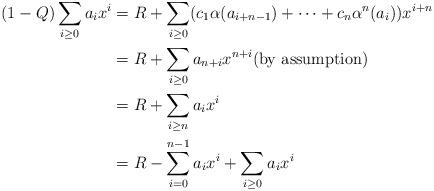
LaTeX: \begin{align*} (1-Q)\sum_{i \geq0}a_i x^i &= R + \sum_{i \geq0}(c_1\alpha(a_{i+n-1}) + \dots + c_n\alpha^n(a_i))x^{i+n} \\&= R + \sum_{i \geq0}a_{n+i}x^{n+i} \textrm{(by assumption)}\\&= R + \sum_{i \geq n}a_ix^i \\&= R - \sum_{i=0}^{n-1}a_ix^i + \sum_{ i\geq0}a_ix^i\end{align*}